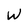
Character: W